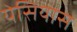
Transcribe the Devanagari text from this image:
येसियास